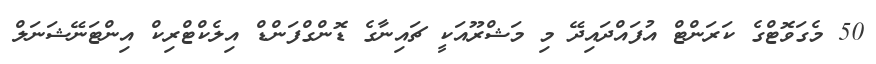
50 މެގަވޮޓްގެ ކަރަންޓް އުފައްދައިދޭ މި މަޝްރޫއަކީ ޗައިނާގެ ޑޮންގްފަންޑް އިލެކްޓްރިކް އިންޓަނޭޝަނަލް